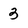
Character: 3